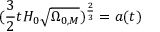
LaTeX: ( { \frac { 3 } { 2 } } t H _ { 0 } { \sqrt { \Omega _ { 0 , M } } } ) ^ { \frac { 2 } { 3 } } = a ( t )